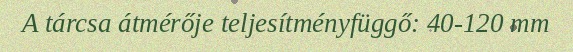
A tárcsa átmérője teljesítményfüggő: 40-120 mm